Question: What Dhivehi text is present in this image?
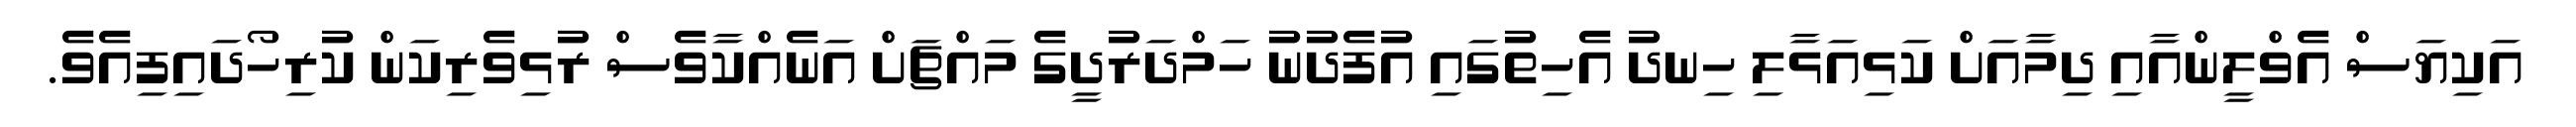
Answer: އަކިޔަސް އެވްލީންއާއި ދިމާއަށް ކަޅިއަޅާލި ހިނދު އެހިތުގައި އުފެދުނު ހަމްދަރުދީގެ މައްޗަށް އަނެއްކާވެސް ރުޅިވެރިކަން ކުރިހޯދައިފިއެވެ.